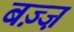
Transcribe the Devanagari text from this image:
बज़्ज़